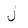
Character: j